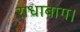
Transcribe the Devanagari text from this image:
राधाबाग।